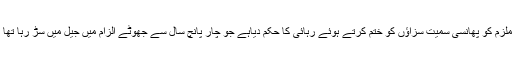
ایک اور قتل کے مقدمے میں سپریم کورٹ پاکستان نے ملزم کو پھانسی سمیت سزاؤں کو ختم کرتے ہوئے رہائی کا حکم دیاہے جو چار پانچ سال سے جھوٹے الزام میں جیل میں سڑ رہا تھا اور ماتحت عدالتوں سے پھانسی کی سزا دیدی گئی تھی ۔